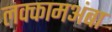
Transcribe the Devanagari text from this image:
लक्कामअंबा